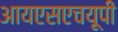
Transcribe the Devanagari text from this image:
आयएसएचयूपी